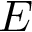
E